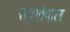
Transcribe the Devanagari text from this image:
सद्‍गोपाल